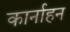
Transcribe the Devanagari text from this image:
कार्नाहन